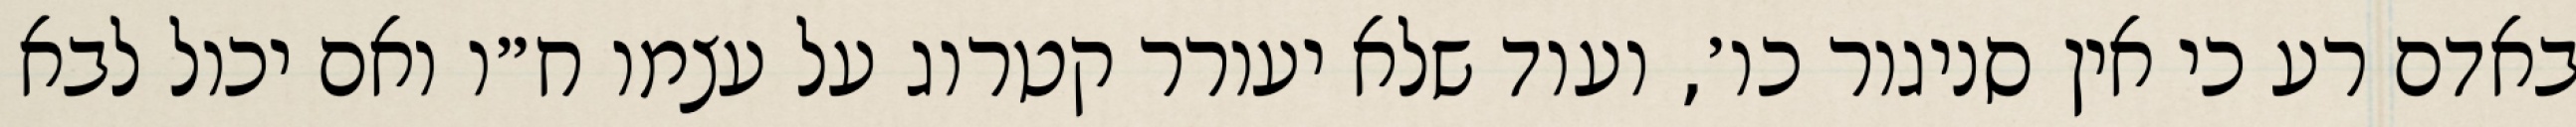
באדם רע כי אין סניגור כו׳, ועוד שלא יעורר קטרוג על עצמו ח״ו ואם יכול לבא